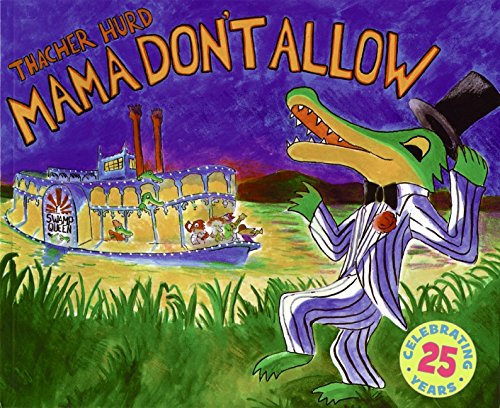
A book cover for Mama Don't Allow; Thacher Hurd; Children's Books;